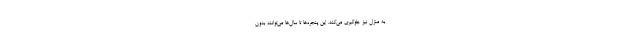
به منزل نیز جلوگیری می‌کند. این پنجره‌ها تا سال‌ها می‌توانند بدون